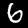
Digit: 6